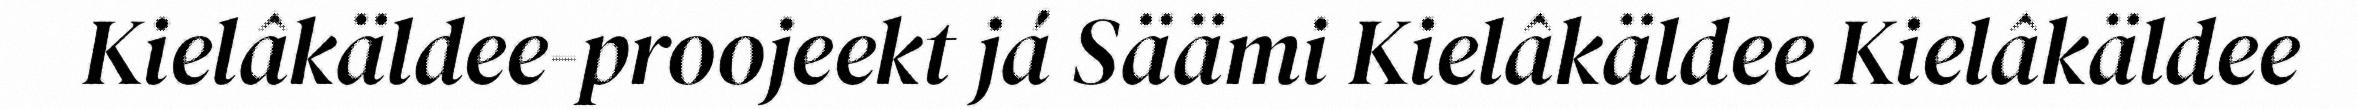
Kielâkäldee-proojeekt já Säämi Kielâkäldee Kielâkäldee